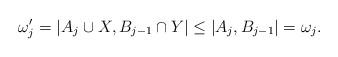
LaTeX: \begin{align*}\omega'_j = | A_j \cup X, B_{j-1} \cap Y| \leq |A_j,B_{j-1}| = \omega_j.\end{align*}